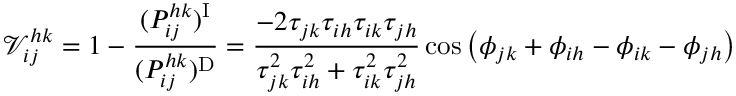
\mathcal { V } _ { i j } ^ { h k } = 1 - \frac { ( P _ { i j } ^ { h k } ) ^ { \mathrm { I } } } { ( P _ { i j } ^ { h k } ) ^ { \mathrm { D } } } = \frac { - 2 \tau _ { j k } \tau _ { i h } \tau _ { i k } \tau _ { j h } } { \tau _ { j k } ^ { 2 } \tau _ { i h } ^ { 2 } + \tau _ { i k } ^ { 2 } \tau _ { j h } ^ { 2 } } \cos \left( \phi _ { j k } + \phi _ { i h } - \phi _ { i k } - \phi _ { j h } \right)